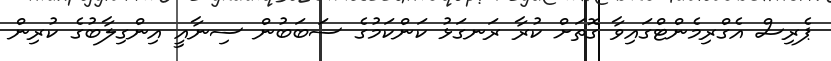
ޕެރިސް އެގްރިމެންޓްގައިވާ ގޮތަށް ކުރާ ރަނގަޅު ކަންކަމުގެ ސަބަބުން ސިނާއީ އިންގިލާބުގެ ކުރިން